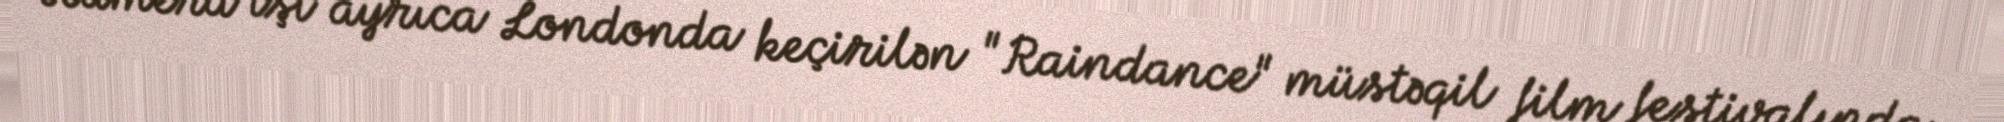
Kamera işi ayrıca Londonda keçirilən "Raindance" müstəqil film festivalında,